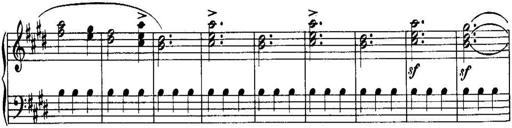
Title: Piano Sonatina No.1, Op.146
Composer: Stephen Heller